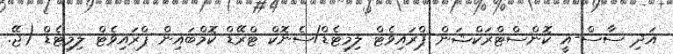
އަދި ސާސް-އީ ކޮންސްޓްރަކްޝަން ޕްރައިވެޓް ލިމިޓެޑް/ސެނޮކް ޓްރޭޑް ކޮމްބައިން ޕްރައިވެޓް ލިމިޓެޑް (ޖޭ.